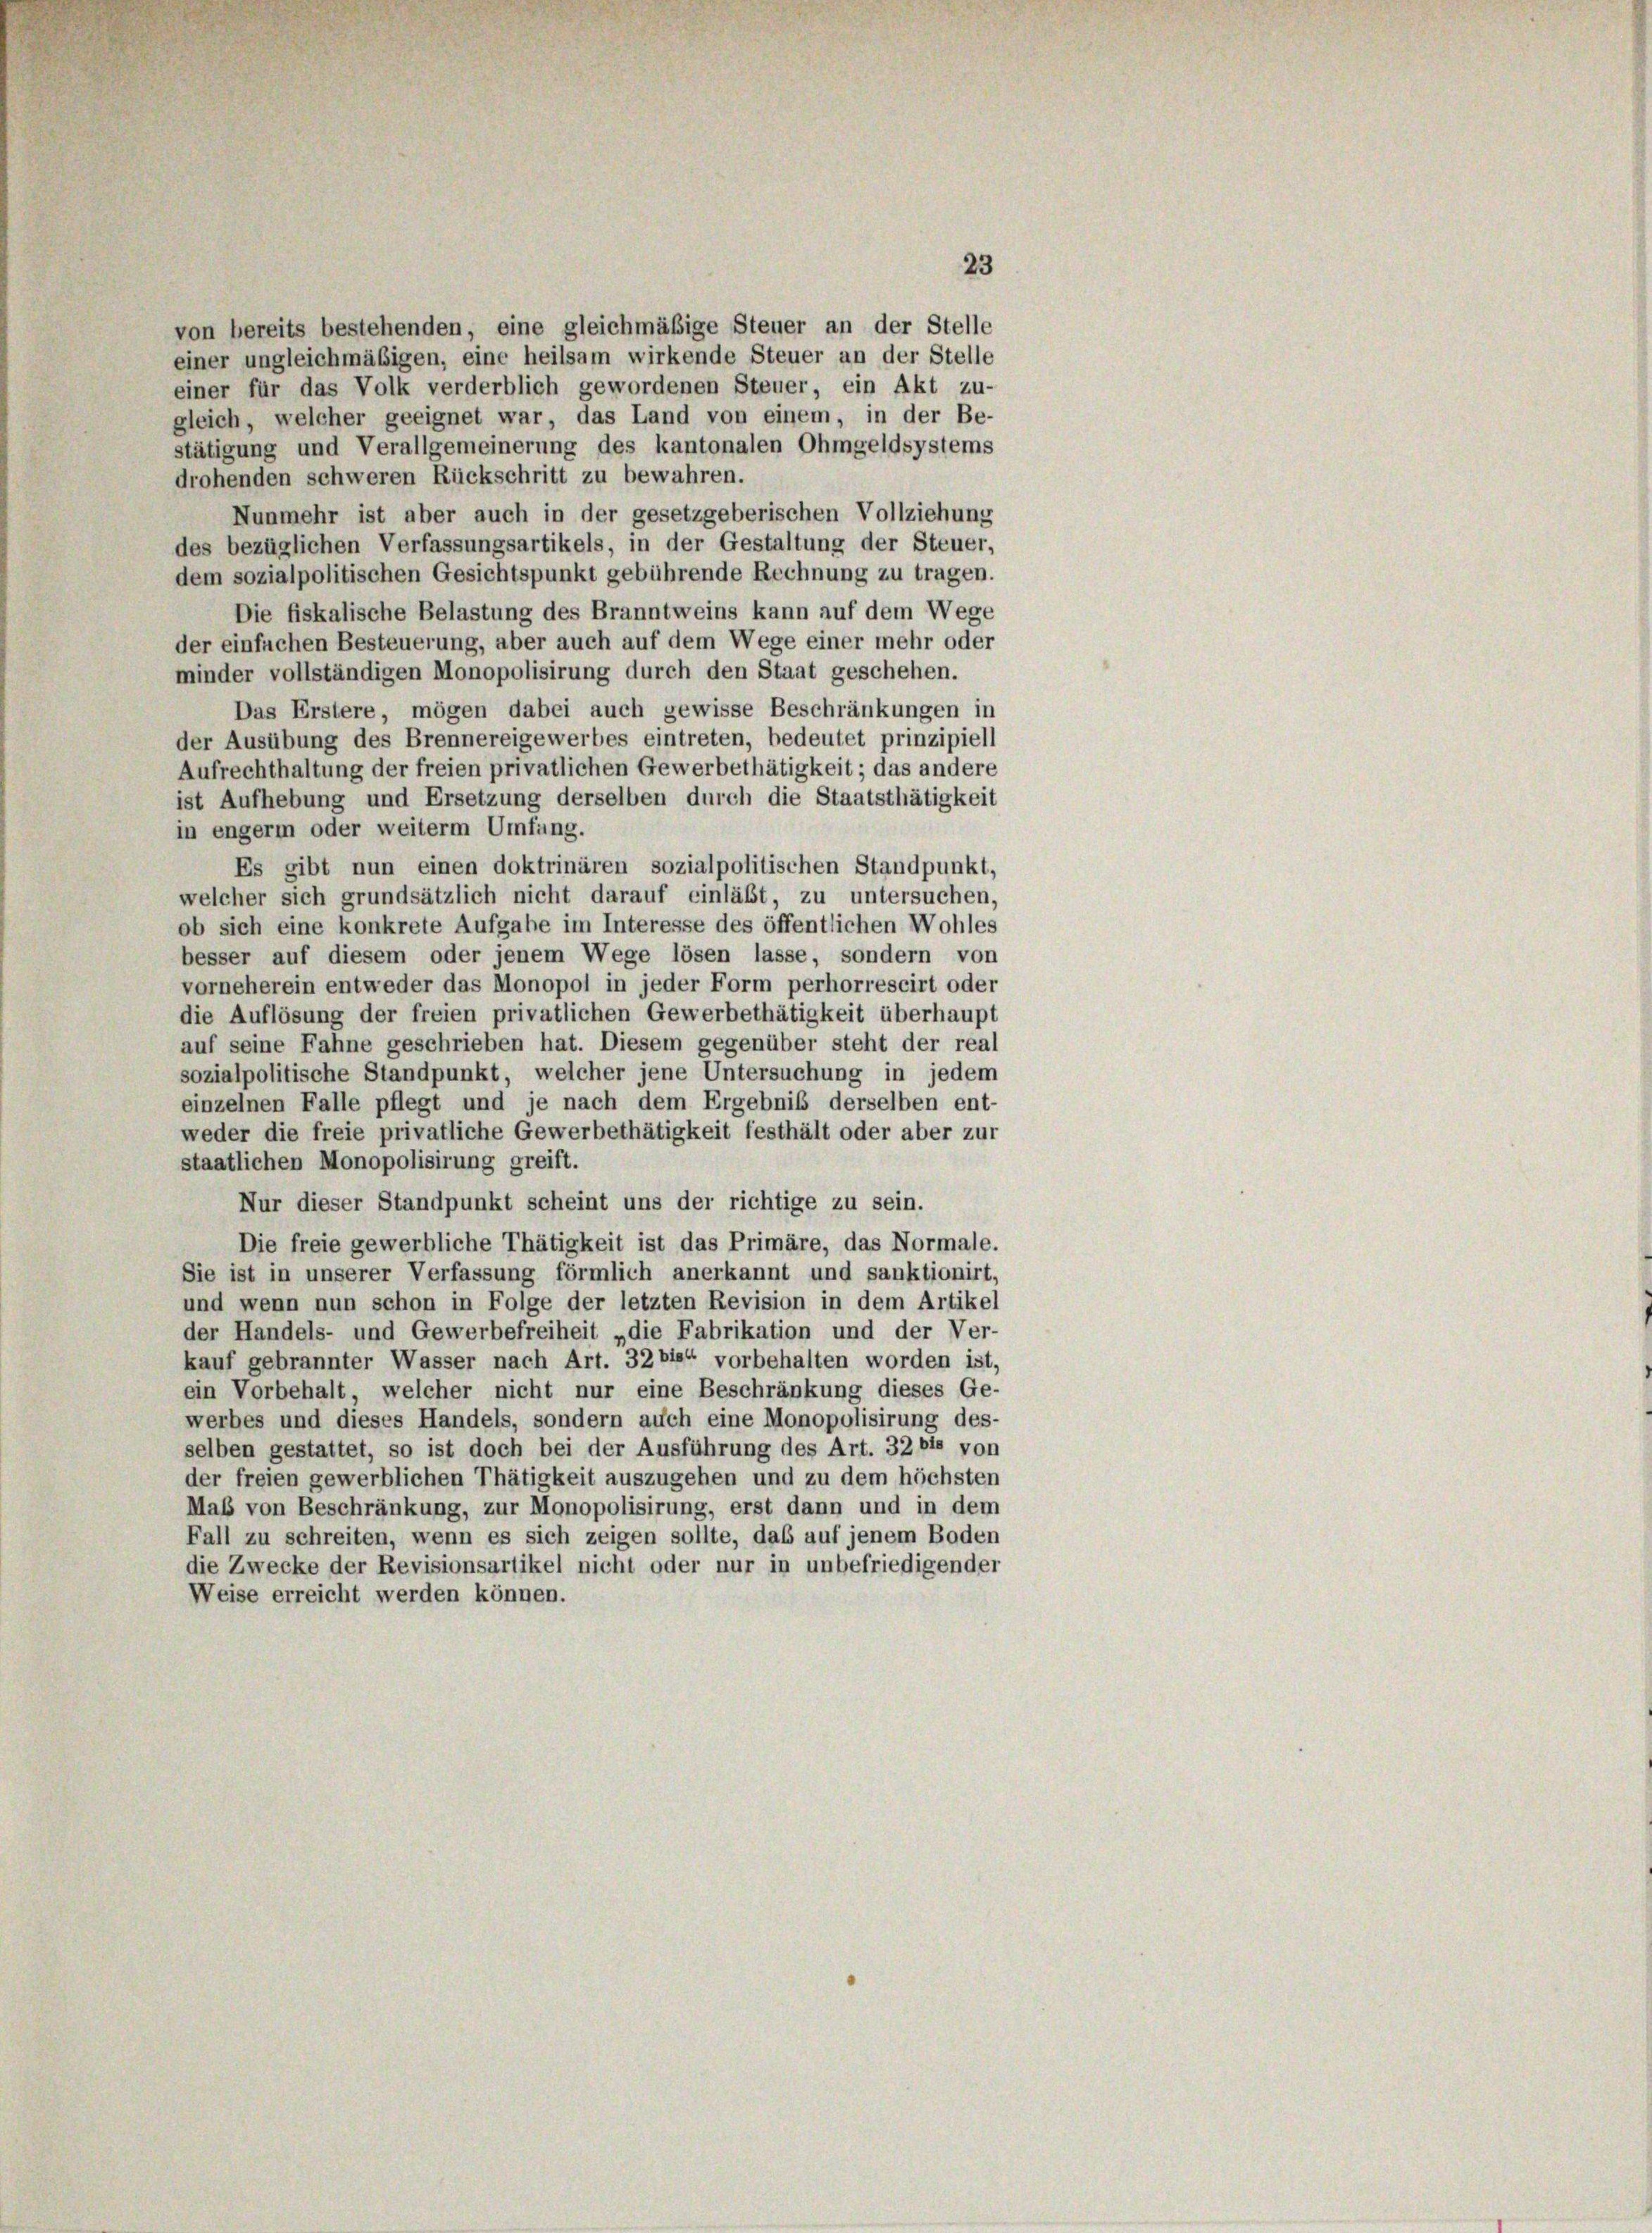
23
Das Erstere, mögen dabei auch gewisse Beschränkungen in
der Ausübung des Brennereigewerbes eintreten, bedeutet prinzipiell
Aufrechthaltung der freien privatlichen Gewerbethätigkeit; das andere
ist Aufhebung und Ersetzung derselben durch die Staatsthätigkeit
in engerm oder weiterm Umfang.
Es gibt nun einen doktrinären sozialpolitischen Standpunkt,
welcher sich grundsätzlich nicht darauf einläßt, zu untersuchen,
ob sich eine konkrete Aufgabe im Interesse des öffentlichen Wohles
besser auf diesem oder jenem Wege lösen lasse, sondern von
vorneherein entweder das Monopol in jeder Form perhorrescirt oder
die Auflösung der freien privatlichen Gewerbethätigkeit überhaupt
auf seine Fahne geschrieben hat. Diesem gegenüber steht der real
sozialpolitische Standpunkt, welcher jene Untersuchung in jedem
einzelnen Falle pflegt und je nach dem Ergebnis derselben ent-
weder die freie privatliche Gewerbethätigkeit festhält oder aber zur
staatlichen Monopolisirung greift.
Nur dieser Standpunkt scheint uns der richtige zu sein.
Die freie gewerbliche Thätigkeit ist das Primäre, das Normale.
Sie ist in unserer Verfassung förmlich anerkannt und sanktionirt,
und wenn nun schon in Folge der letzten Revision in dem Artikel
der Handels- und Gewerbefreiheit „die Fabrikation und der Ver-
kauf gebrannter Wasser nach Art. 32 bis“ vorbehalten worden ist,
ein Vorbehalt welcher nicht nur eine Beschränkung dieses Ge-
werbes und dieses Handels, sondern auch eine Monopolisirung des-
selben gestattet, so ist doch bei der Ausführung des Art. 32 bis von
der freien gewerblichen Thätigkeit auszugehen und zu dem höchsten
Maß von Beschränkung, zur Monopolisirung, erst dann und in dem
Fall zu schreiten, wenn es sich zeigen sollte, daß auf jenem Boden
die Zwecke der Revisionsartikel nicht oder nur in unbefriedigender
Weise erreicht werden können.

von bereits bestehenden, eine gleichmäßige Steuer an der Stelle
einer ungleichmäßigen, eine heilsam wirkende Steuer an der Stelle
einer für das Volk verderblich gewordenen Steuer, ein Akt zu-
gleich, welcher geeignet war, das Land von einem, in der Be-
stätigung und Verallgemeinerung des kantonalen Ohmgeldsystems
drohenden schweren Rückschritt zu bewahren.
Nunmehr ist aber auch in der gesetzgeberischen Vollziehung
des bezüglichen Verfassungsartikels, in der Gestaltung der Steuer,
dem sozialpolitischen Gesichtspunkt gebührende Rechnung zu tragen.
Die fiskalische Belastung des Branntweins kann auf dem Wege
der einfachen Besteuerung, aber auch auf dem Wege einer mehr oder
minder vollständigen Monopolisirung durch den Staat geschehen.